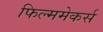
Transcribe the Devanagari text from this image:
फिल्ममेकर्स